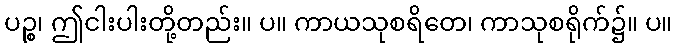
ပဉ္စ၊ ဤငါးပါးတို့တည်း။ ပ။ ကာယသုစရိတေ၊ ကာသုစရိုက်၌။ ပ။